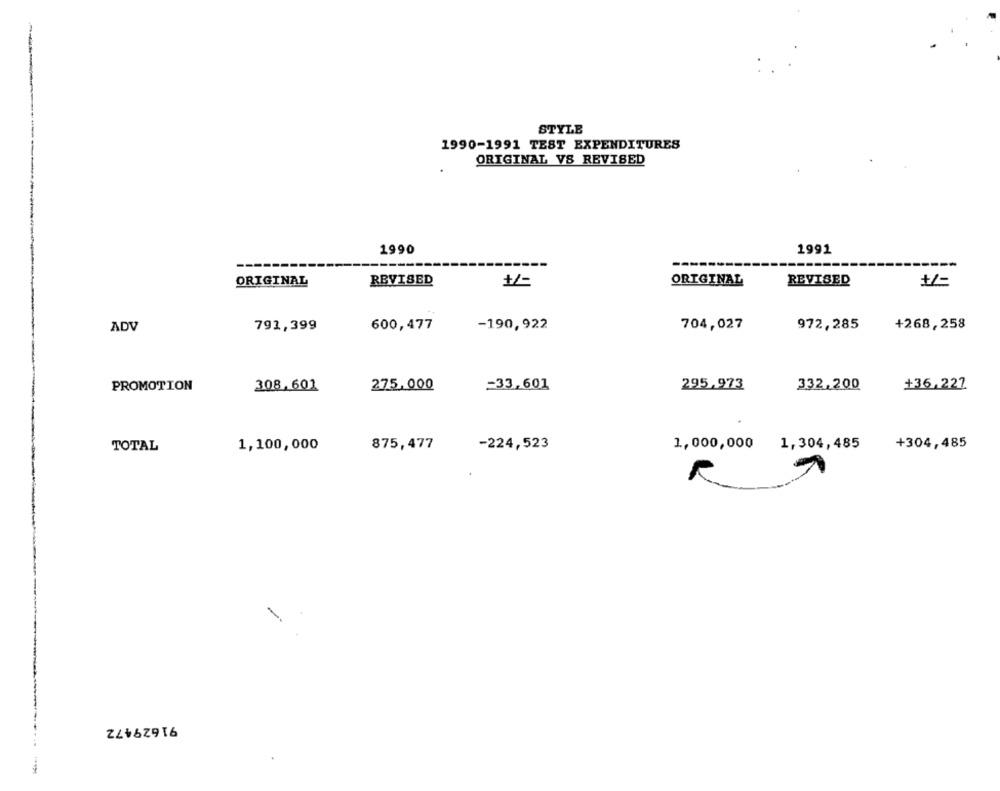
STYLE
1990-1991 TEST EXPENDITURES
ORIGINAL VS REVISED
1990
1991
ORIGINAL
REVISED
ORIGINAL
REVISED
ADV
791,399
600,477
-190,922
704,027
972,285
+268,258
PROMOTION
308.601
275,000
=33,601
295.973
332.200
+36.227
+304,485
TOTAL
1,100,000
875,477
-224,523
1,000,000
1,304,485
91629472